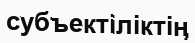
субъектіліктің